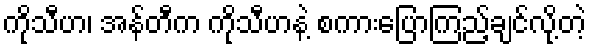
ကိုသီဟ၊ အန်တီက ကိုသီဟနဲ့ စကားပြောကြည့်ချင်လို့တဲ့